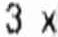
3 X